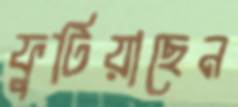
ফুটিয়াছেন